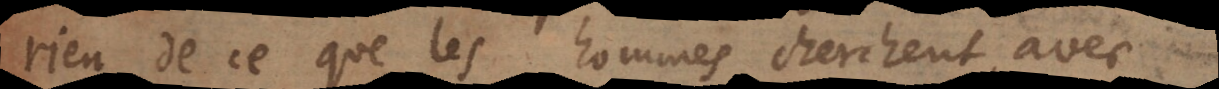
rien de ce que les hommes cherc